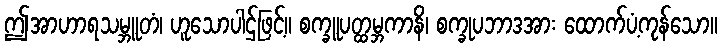
ဤအာဟာရသမ္ဘူတံ၊ ဟူသောပါဌ်ဖြင့်။ စက္ခူပတ္ထမ္ဘကာနိ၊ စက္ခုပဘာဒအား ထောက်ပံ့ကုန်သော။